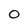
Character: 0